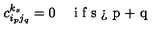
c _ { i _ { p } j _ { q } } ^ { k _ { s } } = 0 \quad \textrm { i f s > p + q }